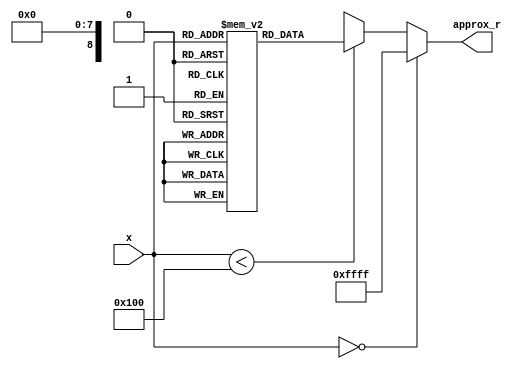
module ApproximateReciprocal (
    input wire [7:0] x,        // 8-bit input
    output reg [15:0] approx_r // 16-bit output for 1/x
);

    // Define a lookup table for approximate reciprocals
    reg [15:0] lut [0:255]; // LUT for 256 values (0-255)

    initial begin
        // Initialize the LUT with approximate reciprocal values
        // Values are scaled by 2^16 for fixed-point representation
        lut[1]  = 16'h10000 / 1;   // 1.0000
        lut[2]  = 16'h10000 / 2;   // 0.5000
        lut[3]  = 16'h10000 / 3;   // 0.3333
        lut[4]  = 16'h10000 / 4;   // 0.2500
        lut[5]  = 16'h10000 / 5;   // 0.2000
        lut[6]  = 16'h10000 / 6;   // 0.1667
        lut[7]  = 16'h10000 / 7;   // 0.1429
        lut[8]  = 16'h10000 / 8;   // 0.1250
        // ... Fill in the rest of the LUT for values 9 to 255
        lut[255] = 16'h10000 / 255; // 0.0039
    end

    always @(*) begin
        if (x == 0) begin
            approx_r = 16'hFFFF; // Handle division by zero case
        end else if (x < 256) begin
            approx_r = lut[x]; // Use LUT for values in range
        end else begin
            // For values outside the LUT range, use a simple polynomial approximation
            // Example: 1/x  1/(x/256) * 256 (for x >= 256)
            approx_r = (16'h10000 / (x >> 8)) << 8; // Scale back
        end
    end

endmodule